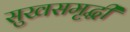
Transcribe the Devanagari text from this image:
सुखसमृद्धी